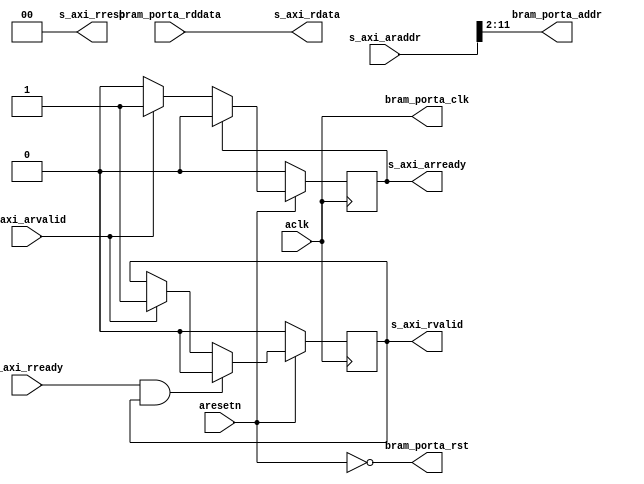
module axi_bram_reader #
(
  parameter integer AXI_DATA_WIDTH = 32,
  parameter integer AXI_ADDR_WIDTH = 32,
  parameter integer BRAM_DATA_WIDTH = 32,
  parameter integer BRAM_ADDR_WIDTH = 10
)
(
  // System signals
  input  wire                       aclk,
  input  wire                       aresetn,
  // Slave side
  input  wire [AXI_ADDR_WIDTH-1:0]  s_axi_araddr,  // AXI4-Lite slave: Read address
  input  wire                       s_axi_arvalid, // AXI4-Lite slave: Read address valid
  output wire                       s_axi_arready, // AXI4-Lite slave: Read address ready
  output wire [AXI_DATA_WIDTH-1:0]  s_axi_rdata,   // AXI4-Lite slave: Read data
  output wire [1:0]                 s_axi_rresp,   // AXI4-Lite slave: Read data response
  output wire                       s_axi_rvalid,  // AXI4-Lite slave: Read data valid
  input  wire                       s_axi_rready,  // AXI4-Lite slave: Read data ready
  // BRAM port
  output wire                       bram_porta_clk,
  output wire                       bram_porta_rst,
  output wire [BRAM_ADDR_WIDTH-1:0] bram_porta_addr,
  input  wire [BRAM_DATA_WIDTH-1:0] bram_porta_rddata
);
  function integer clogb2 (input integer value);
    for(clogb2 = 0; value > 0; clogb2 = clogb2 + 1) value = value >> 1;
  endfunction
  localparam integer ADDR_LSB = clogb2(AXI_DATA_WIDTH/8 - 1);
  reg int_arready_reg, int_arready_next;
  reg int_rvalid_reg, int_rvalid_next;
  always @(posedge aclk)
  begin
    if(~aresetn)
    begin
      int_arready_reg <= 1'b0;
      int_rvalid_reg <= 1'b0;
    end
    else
    begin
      int_arready_reg <= int_arready_next;
      int_rvalid_reg <= int_rvalid_next;
    end
  end
  always @*
  begin
    int_arready_next = int_arready_reg;
    int_rvalid_next = int_rvalid_reg;
    if(s_axi_arvalid)
    begin
      int_arready_next = 1'b1;
      int_rvalid_next = 1'b1;
    end
    if(int_arready_reg)
    begin
      int_arready_next = 1'b0;
    end
    if(s_axi_rready & int_rvalid_reg)
    begin
      int_rvalid_next = 1'b0;
    end
  end
  assign s_axi_rresp = 2'd0;
  assign s_axi_arready = int_arready_reg;
  assign s_axi_rdata = bram_porta_rddata;
  assign s_axi_rvalid = int_rvalid_reg;
  assign bram_porta_clk = aclk;
  assign bram_porta_rst = ~aresetn;
  assign bram_porta_addr = s_axi_araddr[ADDR_LSB+BRAM_ADDR_WIDTH-1:ADDR_LSB];
endmodule